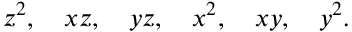
z ^ { 2 } , \quad x z , \quad y z , \quad x ^ { 2 } , \quad x y , \quad y ^ { 2 } .